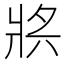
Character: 𤕶